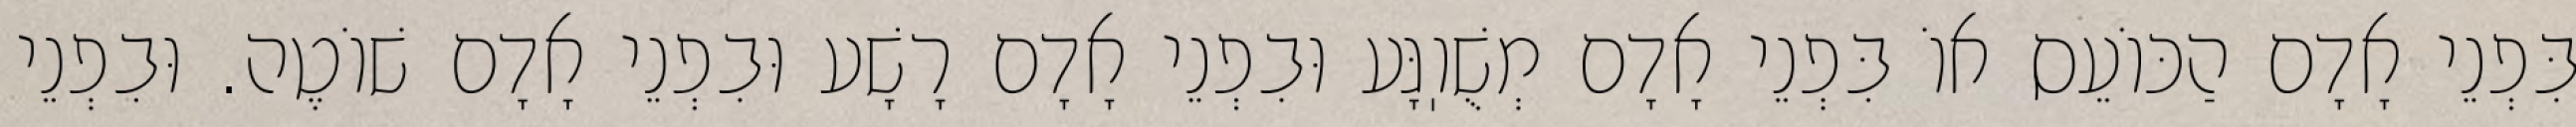
בִּפְנֵי אָדָם הַכּוֹעֵס אוֹ בִּפְנֵי אָדָם מְשֻׁוֽגָּע וּבִפְנֵי אָדָם רָשָׁע וּבִפְנֵי אָדָם שׁוֹטֶה. וּבִפְנֵי